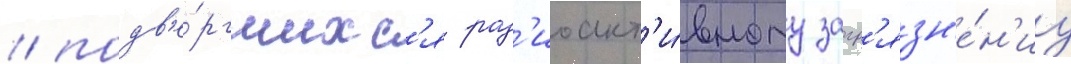
/ подв'е́ргшихс'я рад'иоакт'и́вному загр'язн'е́н'иу